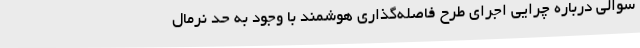
سوالی درباره چرایی اجرای طرح فاصله‌گذاری هوشمند با وجود به حد نرمال